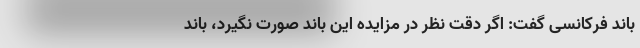
باند فرکانسی گفت: اگر دقت نظر در مزایده این باند صورت نگیرد، باند